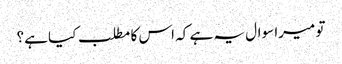
تو میرا سوال یہ ہے کہ اس کا مطلب کیا ہے؟